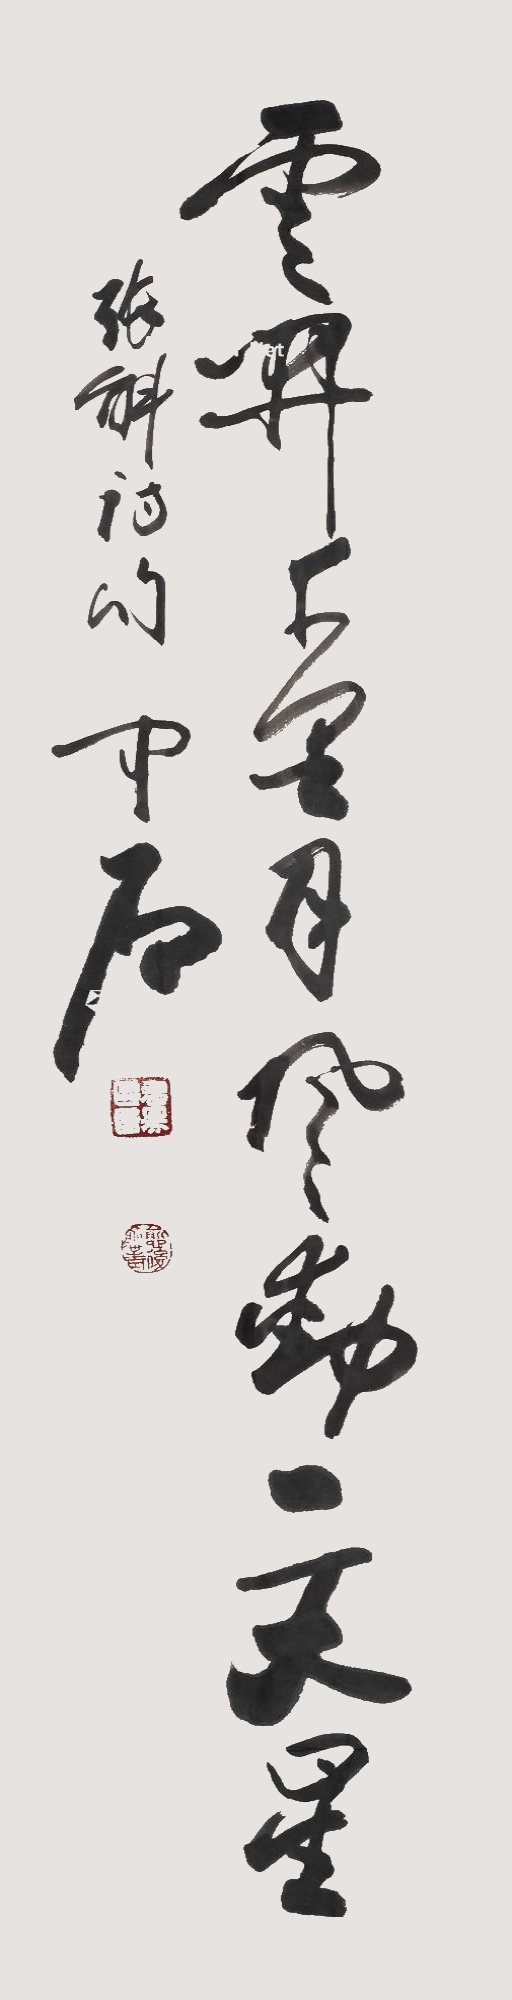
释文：云开千里月，风劲一天星。张斛诗句。中石。